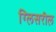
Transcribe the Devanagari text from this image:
ग्लिसरील